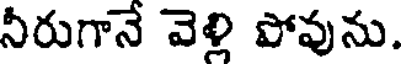
నీరుగానే వెళ్లి పోవును.